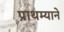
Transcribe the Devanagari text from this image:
प्राथम्याने